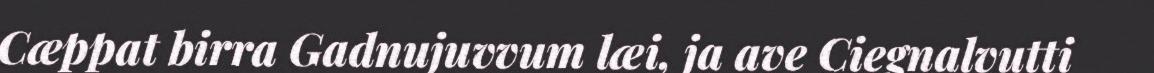
Cæppat birra Gadnujuvvum læi, ja ave Ciegnalvutti